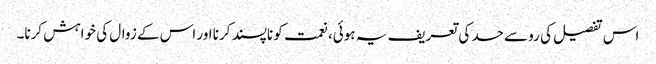
اس تفصیل کی رو سے حسد کی تعریف یہ ہوئی، نعمت کو ناپسند کرنا اور اس کے زوال کی خواہش کرنا۔